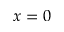
x = 0